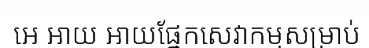
អេ អាយ អាយផ្នែកសេវាកម្មសម្រាប់